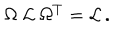
\Omega \ { \cal L } \ \Omega ^ { T } = { \cal L } \, .